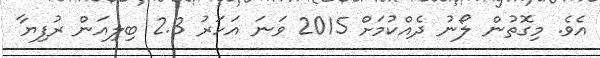
އެވެ. މިގޮތުން ލޯނު ދެއްކުމަށް 2015 ވަނަ އަހަރު 2.3 ބިލިއަން ރުފިޔާ